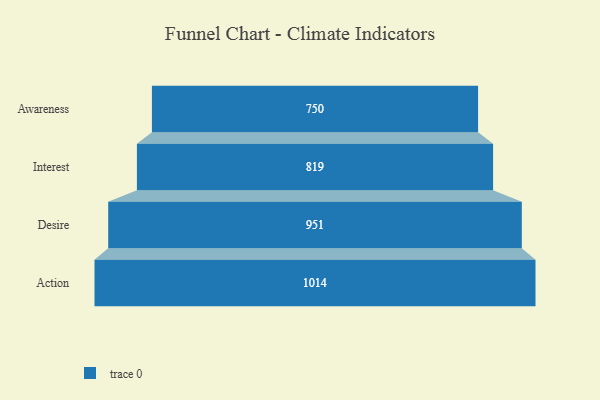
{"axis": {"x": "Stage", "y": "Value"}, "legend": [""], "data": [{"x": "Awareness", "y": 750.0, "type": ""}, {"x": "Interest", "y": 819.0, "type": ""}, {"x": "Desire", "y": 951.0, "type": ""}, {"x": "Action", "y": 1014.0, "type": ""}]}